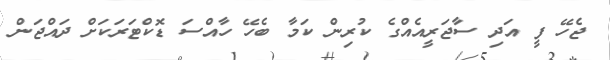
ޖެހޭ ފީ އަދި ސާޖަރީއެއްގެ ކުރިން ކަމާ ބެހޭ ހާއްސަ ޑޮކްޓަރަަކަށް ދައްޖަން